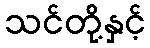
သင်တို့နှင့်